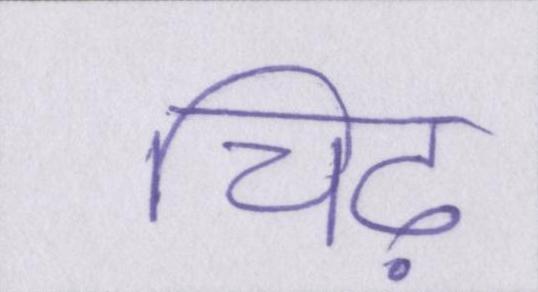
चिढ़